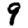
Digit: 9